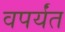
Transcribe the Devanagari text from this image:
वपर्यंत